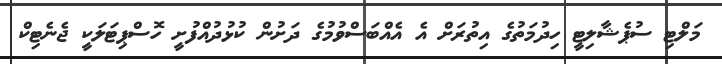
މަލްޓި ސުޕެޝާލިޓީ ހިދުމަތުގެ އިތުރަށް އެ އެއްބަސްވުމުގެ ދަށުން ކުޅުދުއްފުށީ ހޮސްޕިޓަލަކީ ޖެނެޓިކް